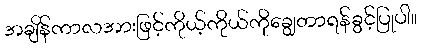
အချိန်ကာလအားဖြင့်ကိုယ့်ကိုယ်ကိုချွေတာရန်ခွင့်ပြုပါ။